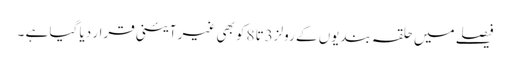
فیصلے میں حلقہ بندیوں کے رولز3تا 8کو بھی غیر آئینی قرار دیا گیا ہے ۔